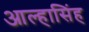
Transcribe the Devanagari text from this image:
आल्हासिंह